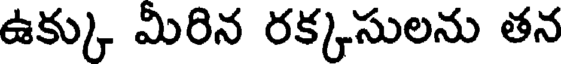
ఉక్కు మీరిన రక్కసులను తన